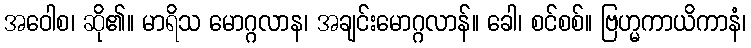
အဝေါစ၊ ဆို၏။ မာရိသ မောဂ္ဂလာန၊ အချင်းမောဂ္ဂလာန်။ ခေါ၊ စင်စစ်။ ဗြဟ္မကာယိကာနံ၊